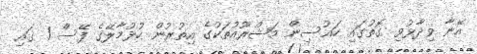
އޭނާ ވިދާޅުވި ގޮތުގައި ހައުސިން މަޝްރޫއުތަކުގެ އިތުރުން ހުޅުމާލޭގެ ފޭސް 1 ގައި